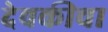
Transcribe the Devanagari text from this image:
देवकीचा